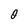
Character: 0